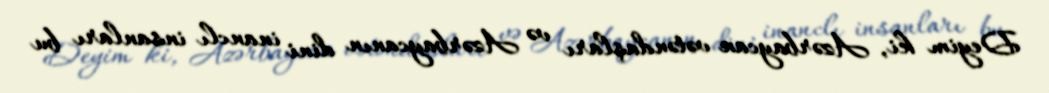
Deyim ki, Azərbaycan vətəndaşları və Azərbaycanın dini inanclı insanları bu